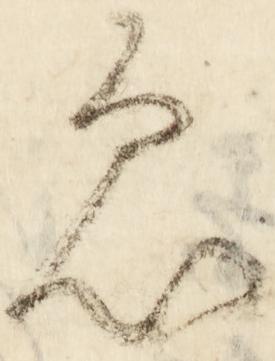
忩